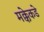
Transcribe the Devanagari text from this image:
मक्केकडे